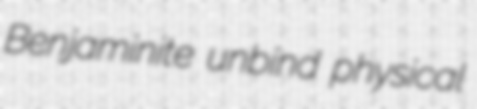
Benjaminite unbind physical